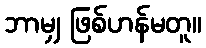
ဘာမျှ ဖြစ်ဟန်မတူ။